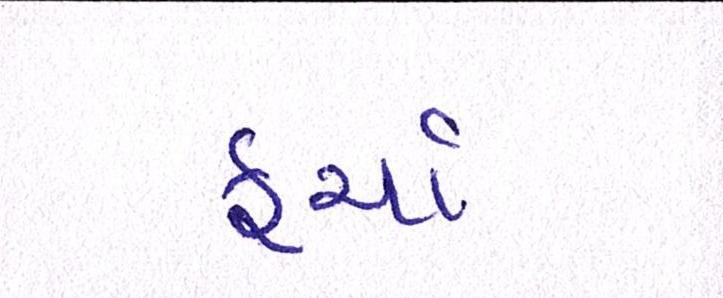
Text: ફર્યા